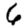
Digit: 6